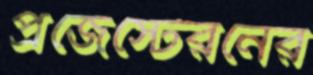
প্রজেস্টেরনের